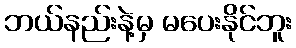
ဘယ်နည်းနဲ့မှ မပေးနိုင်ဘူး